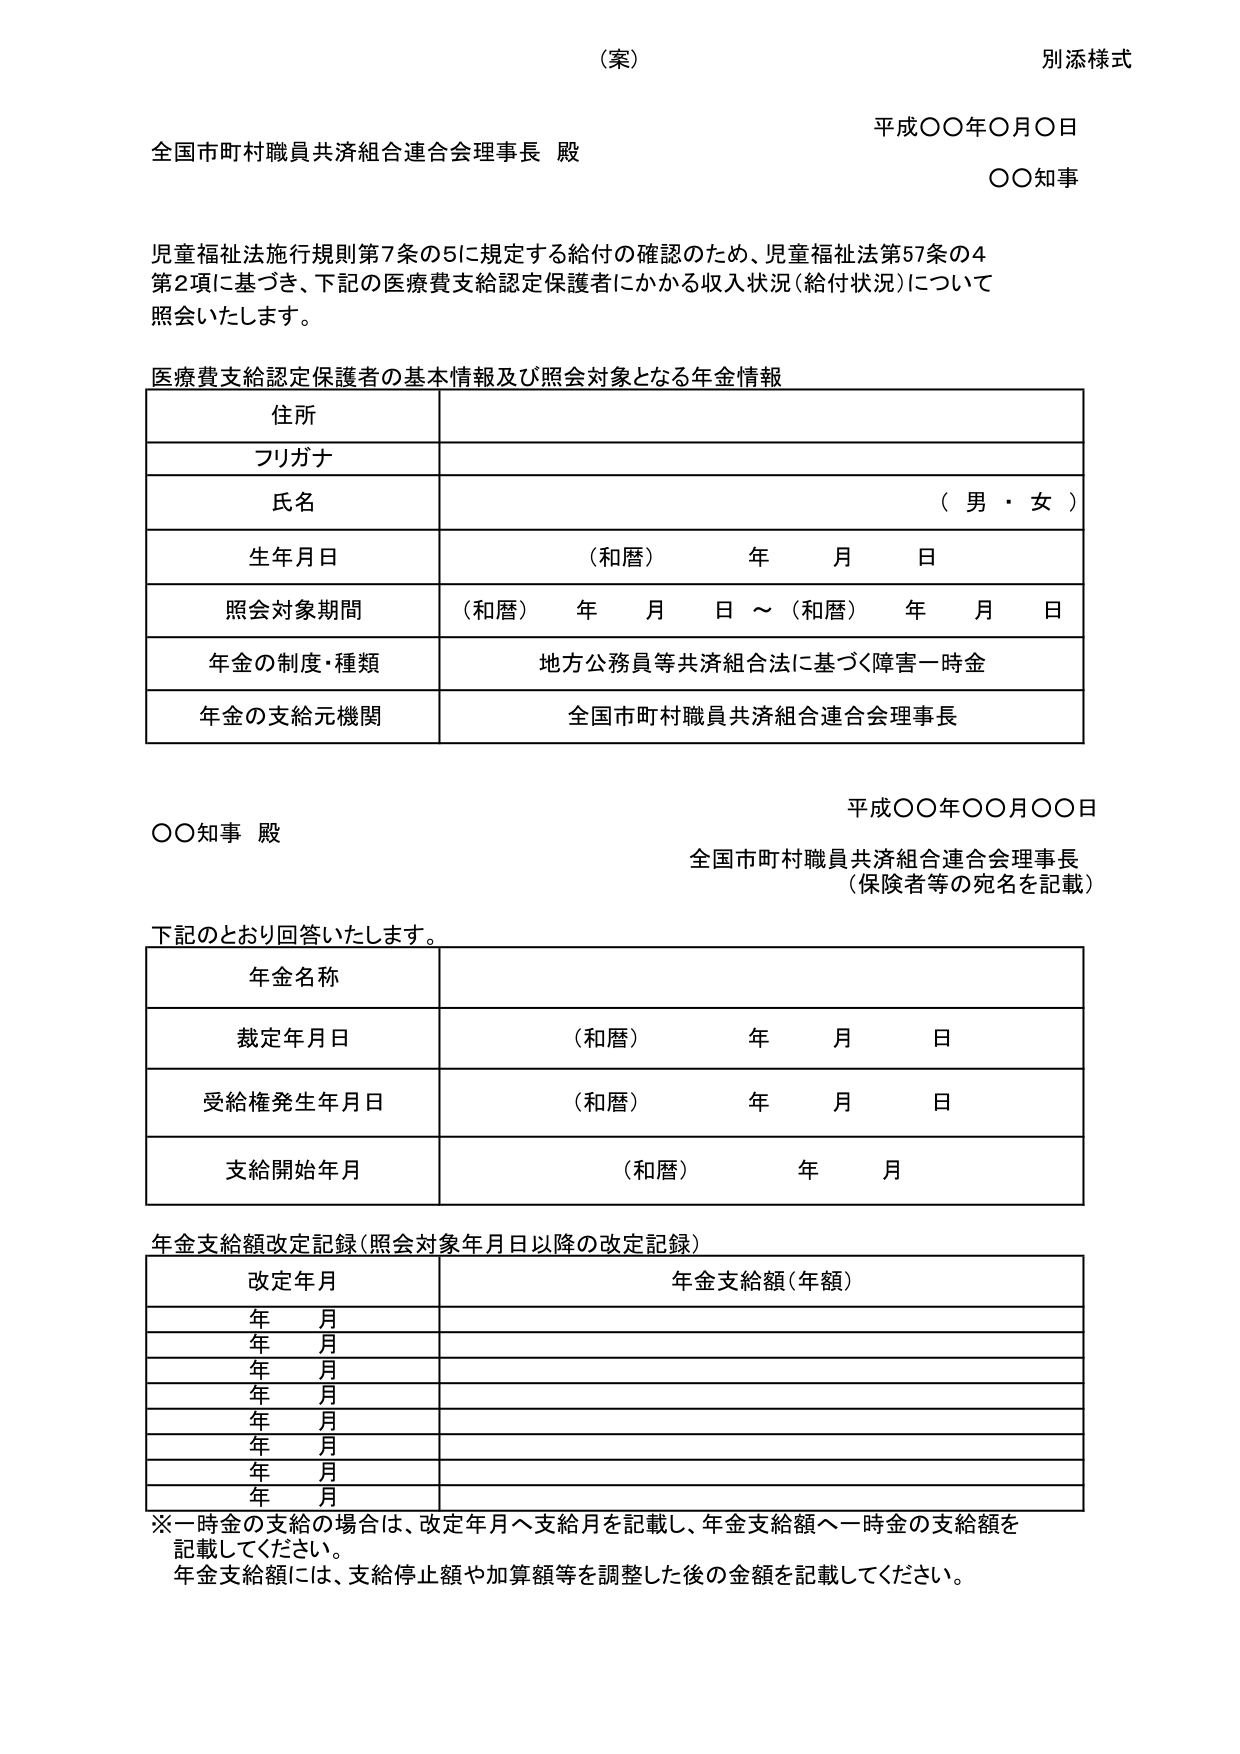
（案）
別添様式

平成〇〇年〇月〇日
全国市町村職員共済組合連合会理事長 殿
〇〇知事

児童福祉法施行規則第7条の5に規定する給付の確認のため、児童福祉法第57条の4
第2項に基づき、下記の医療費支給認定保護者にかかる収入状況（給付状況）について
照会いたします。

医療費支給認定保護者の基本情報及び照会対象となる年金情報

住所
フリガナ
氏名 （男・女）
生年月日 （和暦） 年 月 日
照会対象期間 （和暦） 年 月 日 ～ （和暦） 年 月 日
年金の制度・種類 地方公務員等共済組合法に基づく障害一時金
年金の支給元機関 全国市町村職員共済組合連合会理事長

平成〇〇年〇〇月〇〇日
〇〇知事 殿
全国市町村職員共済組合連合会理事長
（保険者等の宛名を記載）

下記のとおり回答いたします。

年金名称
裁定年月日 （和暦） 年 月 日
受給権発生年月日 （和暦） 年 月 日
支給開始年月 （和暦） 年 月

年金支給額改定記録（照会対象年月日以降の改定記録）

改定年月 年金支給額（年額）
年 月
年 月
年 月
年 月
年 月
年 月
年 月
年 月

※一時金の支給の場合は、改定年月へ支給月を記載し、年金支給額へ一時金の支給額を
記載してください。
年金支給額には、支給停止額や加算額等を調整した後の金額を記載してください。